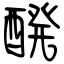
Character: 醗